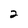
Character: 2